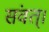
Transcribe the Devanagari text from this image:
संवत्‌।